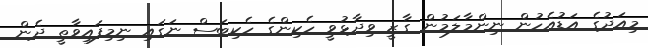
މިއަދުގެ އަޑުއެހުން ނިންމާލަމުން ގާޒީ ވިދާޅުވީ ހެކިންގެ ހެކިބަސް ނަގައި ނިމިފައިވާތީ ދެން